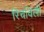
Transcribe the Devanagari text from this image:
रिचविली